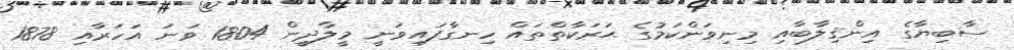
ސާބިޔާގެ އިންޤިލާބާއި މިނިވަންކަމުގެ ޙަރަކާތްތައް ހިނގާފައިވަނީ މީލާދީން 1804 ވަނަ އަހަރާއި 1878